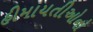
હીમાયતીઓનો